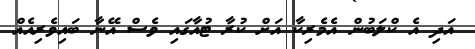
އަދި އެ ކްލަބުން އެމެރިކާ އަށް ކުރާ ޓުއާގައި ވެސް އޭނާ ބައިވެރިއެއް